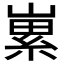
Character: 𡻭